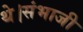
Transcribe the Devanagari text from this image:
थे।संभाजी